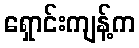
ရှောင်းကျန့်က